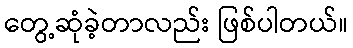
တွေ့ဆုံခဲ့တာလည်း ဖြစ်ပါတယ်။